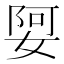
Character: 娿